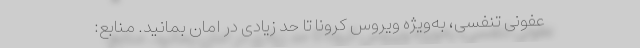
عفونی تنفسی، به‌ویژه ویروس کرونا تا حد زیادی در امان بمانید. منابع: